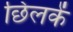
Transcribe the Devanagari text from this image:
छिलकें